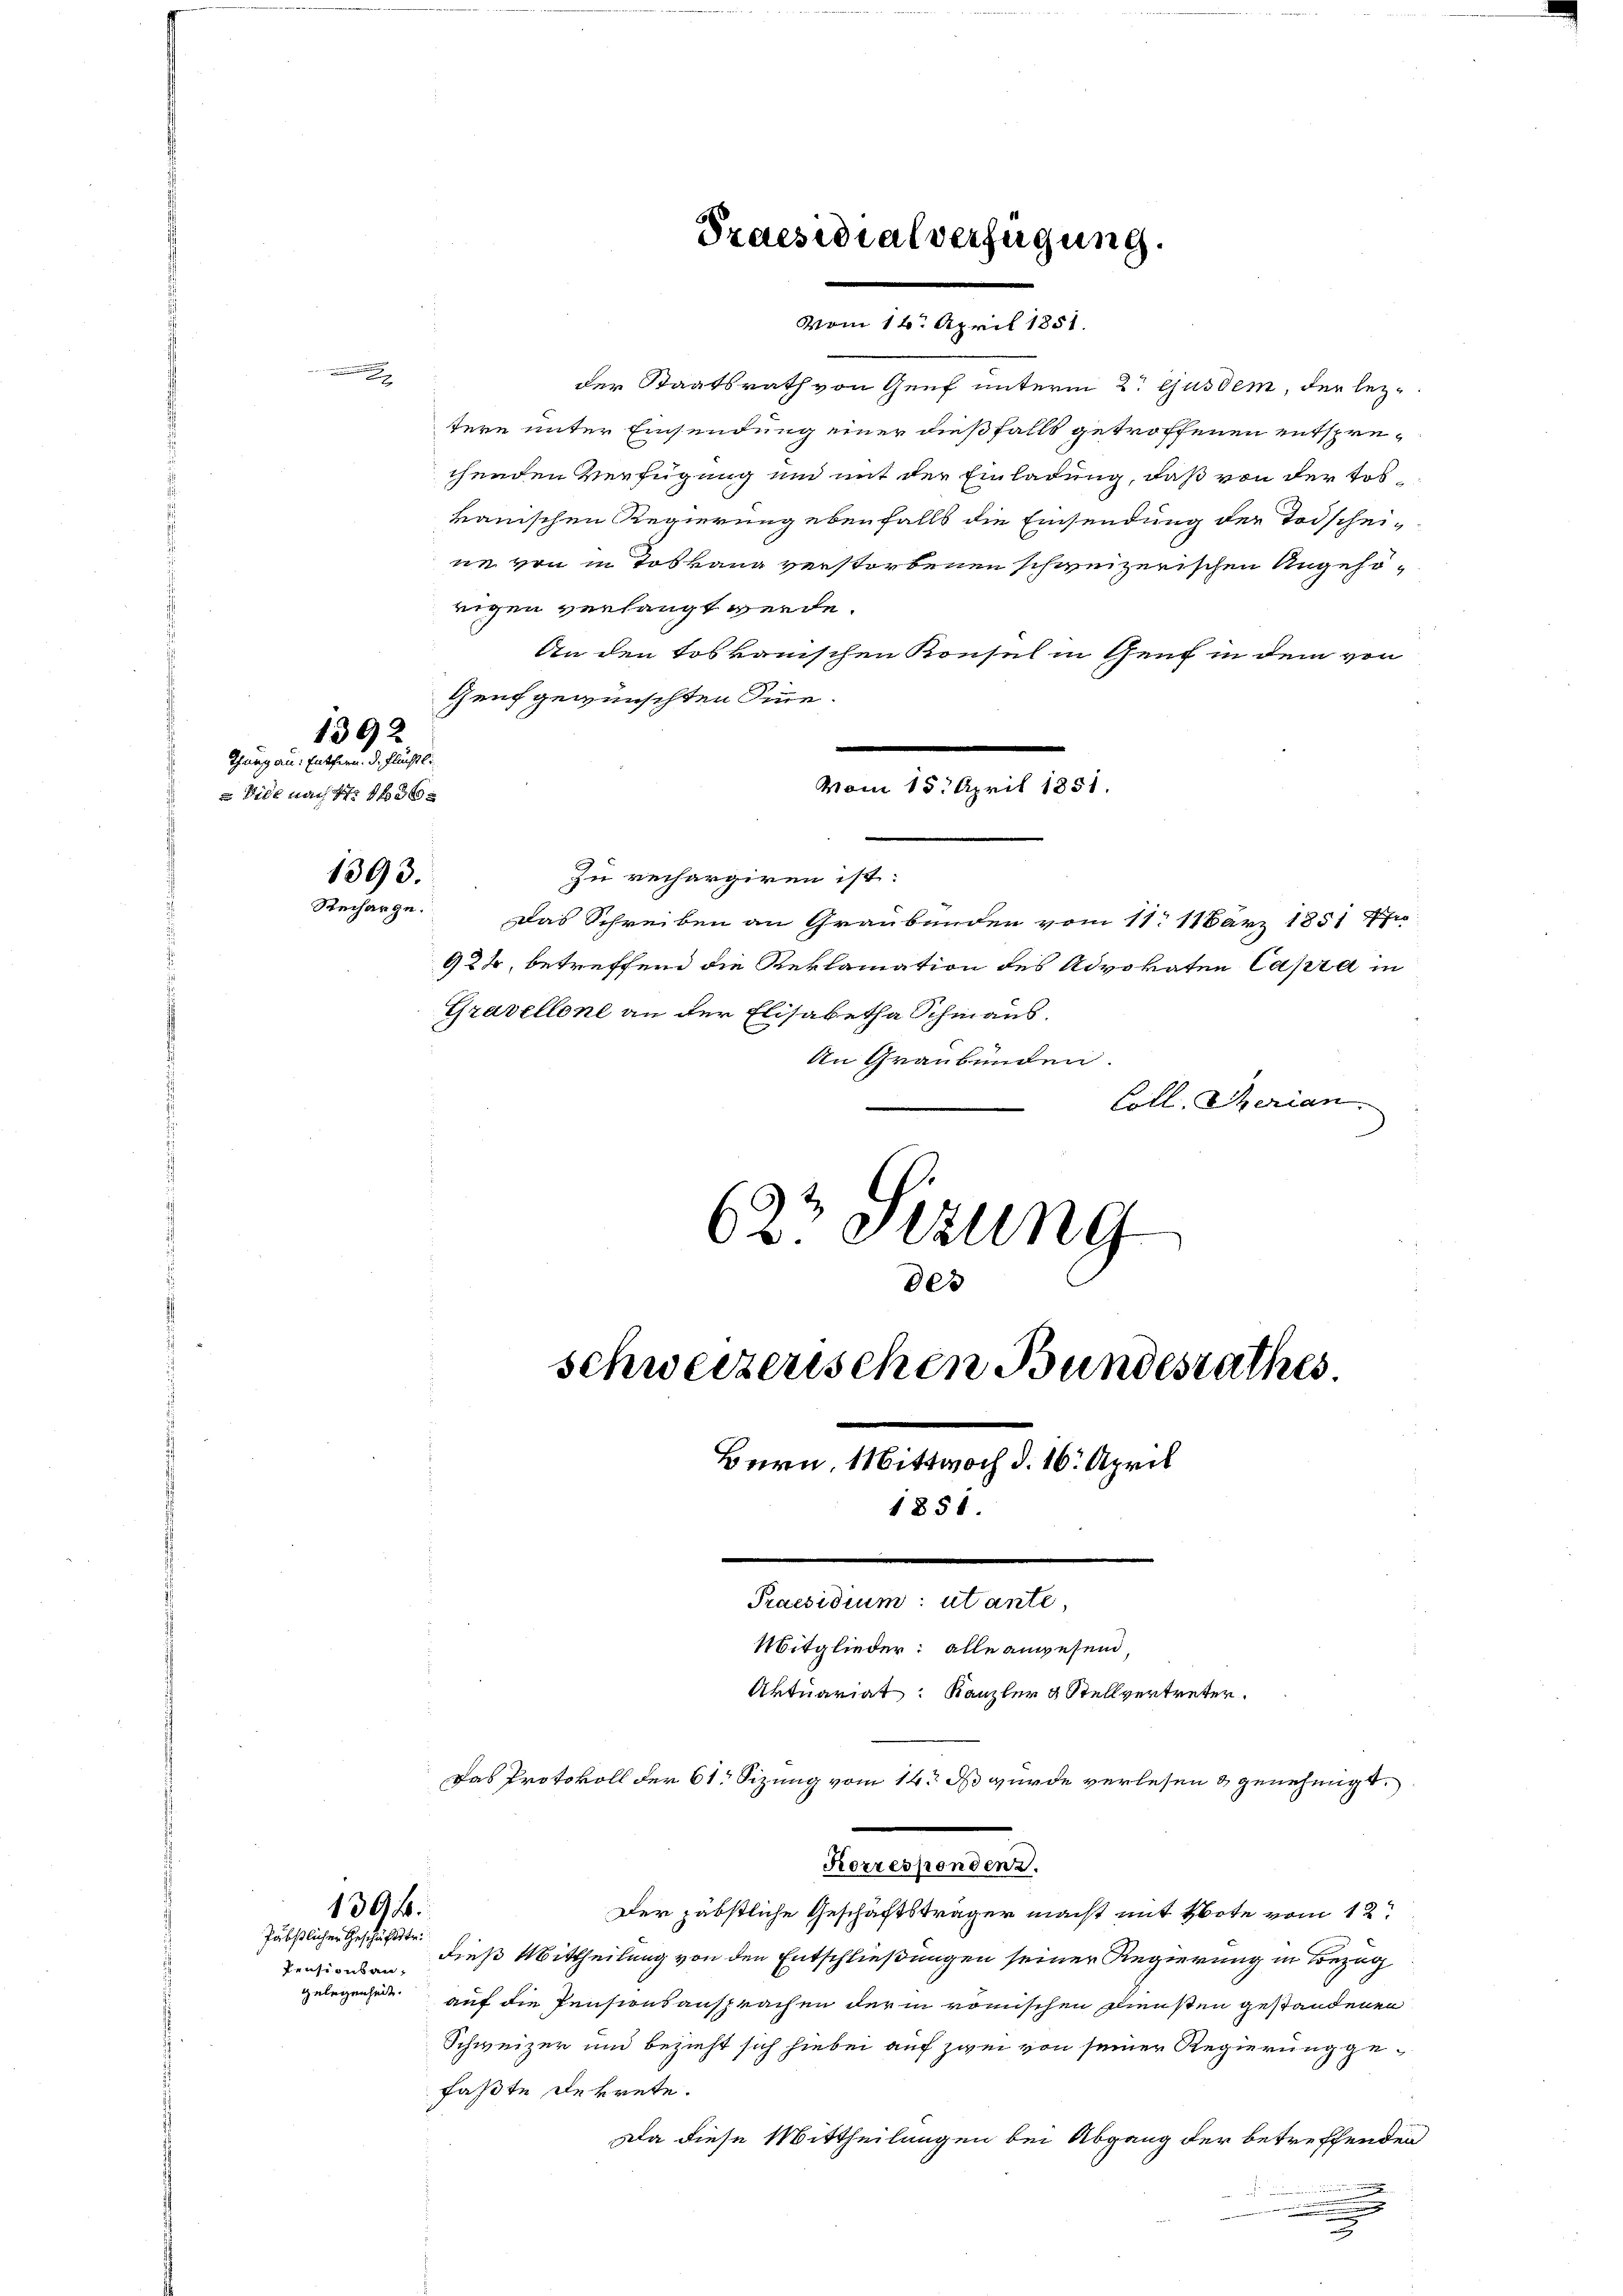
Thang an: Entfern. D. Fluchtl.
 Vide nach 4 f 43 x

1392

vom 14. April 1851.
der Staatsrath von Genf unterm 2. ejusdem, der leztere unter Einsendung einer dießfalls getroffenen entsprechenden Verfügung und mit der Einladung, daß von der Loskanischen Regierung ebenfalls die Einsendung der Todschei-
ne von in Toskanz verstorbenen schweizerischen Angehörigen verlangt werde.
An den toskanischen Konsul in Genf in dem von
Genf gewünschten Sie
1393.
zu rechargiren ist.
Recharge.
Das Schreiben an Graubünder vom 11. 11ärz 1851 Pfu
928, betreffend die Reklamation des Advokaten Capra in
Gravellone an der Elisabetha Schmaus.
An Graubünden.
Coll. Serian.
623 Sitzung
des

Pensionsau,
gelegenheit.

1394.
Päbstlicher Geschäftstr.

Praesidialverfügung.

vom 15. April 1851.

schweizerischen Bundesrathes
Bern, Mittwoch d. 16. April
1851.
Praesidium: utante,
Mitglieder: alle anwesend,
Aktuariat: Kanzler & Stellvertreter.

Das Protokoll der 61 Sizung vom 14ten I wurde verlesen & genehmigt.
Korrespondenz.
Der jäbstliche Geschäftsträger macht mit Bote vom 12.
dieß Mittheilung von den Entschließungen seiner Regierung in Bezug
auf die Pensionsansprachen der in römischen Diensten gestandenen
Schweizer und bezieht sich hiebei auf zwei von seiner Regierung gefaßte Dekrete.
Da diese Mittheilungen bei Abgang der betreffenden
iieren